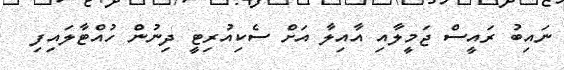
ނައިބު ރައީސް ޖަމީލާއި އާއިލާ އަށް ސެކިއުރިޓީ ދިނުން ހުއްޓާލައިފި